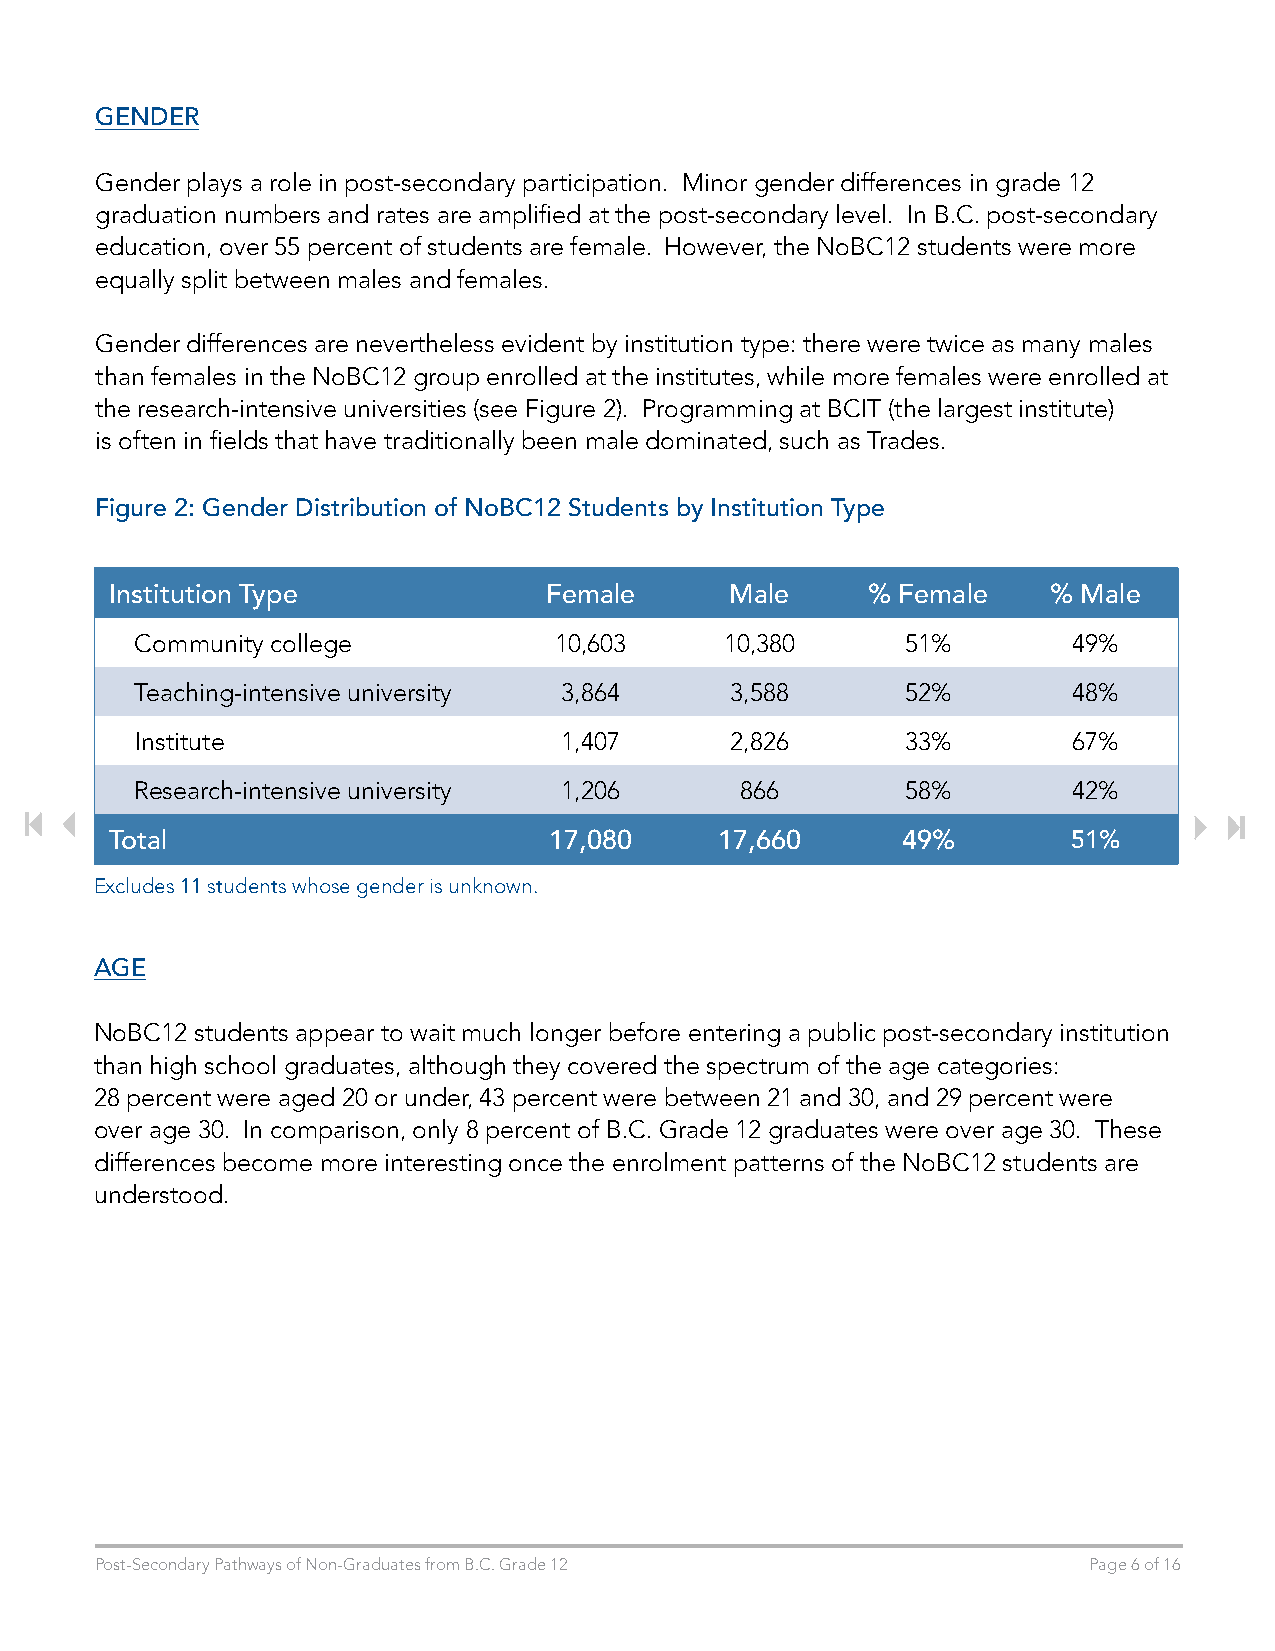
GENDER
 Gender plays a role in post-secondary participation. Minor gender differences in grade 12
 graduation numbers and rates are amplified at the post-secondary level. In B.C. post-secondary
 education, over 55 percent of students are female. However, the NoBC12 students were more
 equally split between males and females.
 Gender differences are nevertheless evident by institution type: there were twice as many males
 than females in the NoBC12 group enrolled at the institutes, while more females were enrolled at
 the research-intensive universities (see Figure 2). Programming at BCIT (the largest institute)
 is often in fields that have traditionally been male dominated, such as Trades.
 Figure 2: Gender Distribution of NoBC12 Students by Institution Type
 Institution Type             Female      Male     %  Female    % Male
 Community college           10,603     10,380      51%        49%
 Teaching-intensive university 3,864    3,588       52%        48%
 Institute                   1,407      2,826       33%        67%
 Research-intensive university 1,206     866        58%        42%
 Total                        17,080      17,660      49%        51%
 Excludes 11 students whose gender is unknown.
 AGE
 NoBC12 students appear to wait much longer before entering a public post-secondary institution
 than high school graduates, although they covered the spectrum of the age categories:
 28 percent were aged 20 or under, 43 percent were between 21 and 30, and 29 percent were
 over age 30. In comparison, only 8 percent of B.C. Grade 12 graduates were over age 30. These
 differences become more interesting once the enrolment patterns of the NoBC12 students are
 understood.
 Post-Secondary Pathways of Non-Graduates from B.C. Grade 12       Page 6 of 16